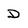
Character: D